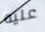
عليه